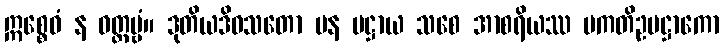
ဣစ္စေဝံ န ဝတ္တဗ္ဗံ။ ဒုတိယဒိဝသတော ပန ပဋ္ဌာယ သစေ အာစရိယဿ ပကတိဥပဋ္ဌာကော